Scientific memoirs by medical officers of the Army of India - Part X,
Year: 1897
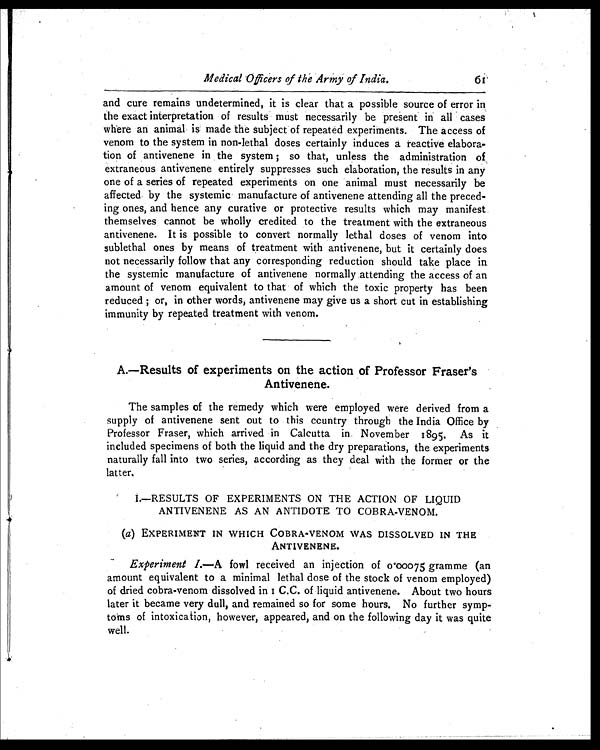
Medical Officers of the Army of India.
61
and cure remains undetermined, it is clear that a possible source of error in
the exact interpretation of results must necessarily be present in all cases
where an animal is made the subject of repeated experiments. The access of
venom to the system in non-lethal doses certainly induces a reactive elabora-
tion of antivenene in the system ; so that, unless the administration of
extraneous antivenene entirely suppresses such elaboration, the results in any
one of a series of repeated experiments on one animal must necessarily be
affected by the systemic manufacture of antivenene attending all the preced-
ing ones, and hence any curative or protective results which may manifest
themselves cannot be wholly credited to the treatment with the extraneous
antivenene. It is possible to convert normally lethal doses of venom into
sublethal ones by means of treatment with antivenene, but it certainly does
not necessarily follow that any corresponding reduction should take place in
the systemic manufacture of antivenene normally attending the access of an
amount of venom equivalent to that of which the toxic property has been
reduced ; or, in other words, antivenene may give us a short cut in establishing
immunity by repeated treatment with venom.
A.—Results of experiments on the action of Professor Fraser's
Antivenene.
The samples of the remedy which were employed were derived from a
supply of antivenene sent out to this country through the India Office by
Professor Fraser, which arrived in Calcutta in November 1895. As it
included specimens of both the liquid and the dry preparations, the experiments
naturally fall into two series, according as they deal with the former or the
latter.
I.—RESULTS OF EXPERIMENTS ON THE ACTION OF LIQUID
ANTIVENENE AS AN ANTIDOTE TO COBRA-VENOM.
(a) EXPERIMENT IN WHICH COBRA-VENOM WAS DISSOLVED IN THE
ANTIVENENE.
Experiment I.—A fowl received an injection of 0.00075 gramme (an
amount equivalent to a minimal lethal dose of the stock of venom employed)
of dried cobra-venom dissolved in 1 C.C. of liquid antivenene. About two hours
later it became very dull, and remained so for some hours. No further symp-
toms of intoxication, however, appeared, and on the following day it was quite
well.